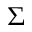
\Sigma